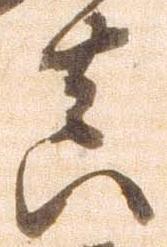
実